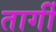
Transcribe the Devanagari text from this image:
तार्गी